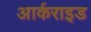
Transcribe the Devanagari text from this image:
आर्कराइड